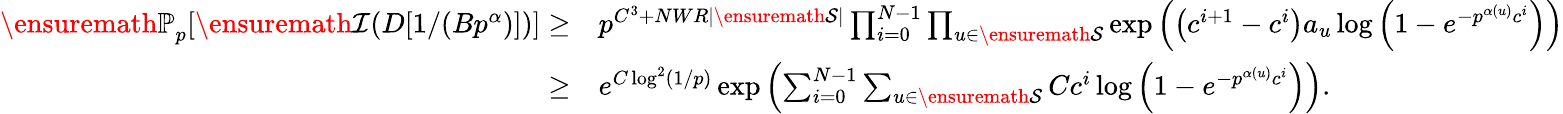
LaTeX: \begin{array}{rl}{{\ensuremath{\mathbb P}}_{p}[\ensuremath{\mathcal I}(D[1/(Bp^{\alpha})])]\ge}&{p^{C^{3}+NWR|\ensuremath{\mathcal S}|}\prod_{i=0}^{N-1}\prod_{u\in\ensuremath{\mathcal S}}\exp\left(\left(c^{i+1}-c^{i}\right)a_{u}\log\left(1-e^{-p^{\alpha(u)}c^{i}}\right)\right)}\\ {\ge}&{e^{C\log^{2}(1/p)}\exp\left(\sum_{i=0}^{N-1}\sum_{u\in\ensuremath{\mathcal S}}Cc^{i}\log\left(1-e^{-p^{\alpha(u)}c^{i}}\right)\right).}\end{array}